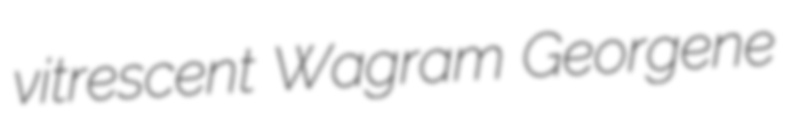
vitrescent Wagram Georgene